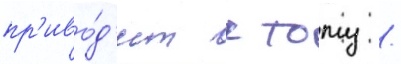
пр'иво́д'ит к тому /